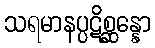
သရမာနပ္ပဋိစ္ဆန္နော